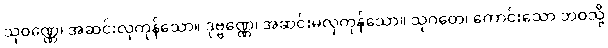
သုဝဏ္ဏေ၊ အဆင်းလှကုန်သော။ ဒုဗ္ဗဏ္ဏေ၊ အဆင်းမလှကုန်သော။ သုဂတေ၊ ကောင်းသော ဘဝသို့